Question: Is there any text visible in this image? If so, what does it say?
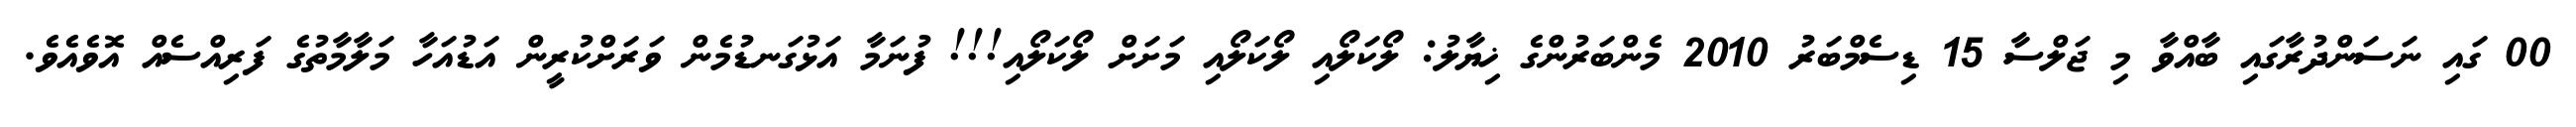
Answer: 00 ގައި ނަސަންދުރާގައި ބާއްވާ މި ޖަލްސާ 15 ޑިސެމްބަރު 2010 މެންބަރުންގެ ޚިޔާލު: ލޯކަލޯއި ލޯކަލޯއި މަށަށް ލޯކަލޯއި!!! ފުނަމާ އަޅުގަނޑުމެން ވަރަށްކުރީން އަޑުއަހާ މަލާމާތުގެ ފަރިއްސެއް އޮވެއެވެ.